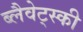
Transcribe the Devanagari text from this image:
ब्लैवेट्स्की